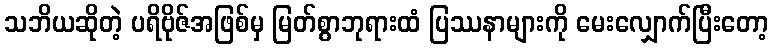
သဘိယဆိုတဲ့ ပရိဗိုဇ်အဖြစ်မှ မြတ်စွာဘုရားထံ ပြဿနာများကို မေးလျှောက်ပြီးတော့